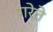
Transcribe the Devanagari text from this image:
गरेते